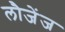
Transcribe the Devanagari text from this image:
लौजेंज